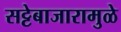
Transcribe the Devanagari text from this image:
सट्टेबाजारामुळे